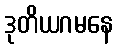
ဒုတိယဂမနေ